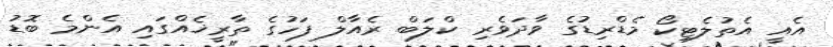
އެއީ އެތުލެޓިކޯ މެޑްރިޑުގެ ވާދަވެރި ކްލަބް ރެއާލް ފަހުގެ ތާރީޚެއްގައި އެންމެ ބޮޑު